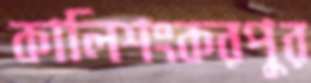
কালিশংকরপুর